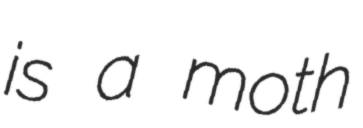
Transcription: is a moth